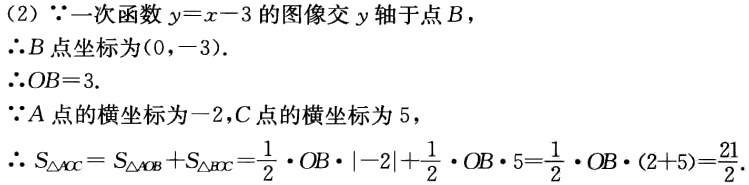
(2) $\because$一次函数$y = x - 3$的图像交$y$轴于点$B$，
$\therefore B$点坐标为$(0,-3)$.
$\therefore OB = 3$.
$\because A$点的横坐标为$-2$，$C$点的横坐标为$5$，
$\therefore S_{\triangle AOC}=S_{\triangle AOB}+S_{\triangle BOC}=\frac{1}{2}\cdot OB\cdot|-2|+\frac{1}{2}\cdot OB\cdot5=\frac{1}{2}\cdot OB\cdot(2 + 5)=\frac{21}{2}$.